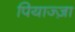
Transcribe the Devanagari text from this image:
पियाज्ज़ा